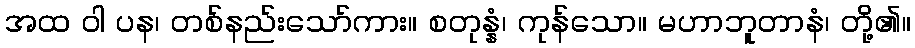
အထ ဝါ ပန၊ တစ်နည်းသော်ကား။ စတုန္နံ၊ ကုန်သော။ မဟာဘူတာနံ၊ တို့၏။